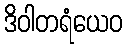
ဒိဝါတရံယေဝ